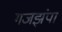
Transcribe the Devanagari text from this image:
गजझंपा